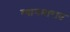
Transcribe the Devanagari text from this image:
म्यानमारात